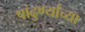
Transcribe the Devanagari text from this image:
पांढुर्ण्याच्या